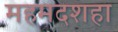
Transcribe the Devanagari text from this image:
महमदशहा